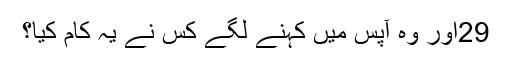
29اور وہ آپس میں کہنے لگے کِس نے یہ کام کِیا؟